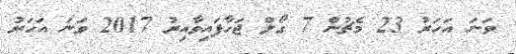
ވަނަ އަހަރު 23 މެޗުން 7 ގޯލް ޖަހާފައިވާއިރު 2017 ވަނަ އަހަރު